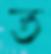
ত